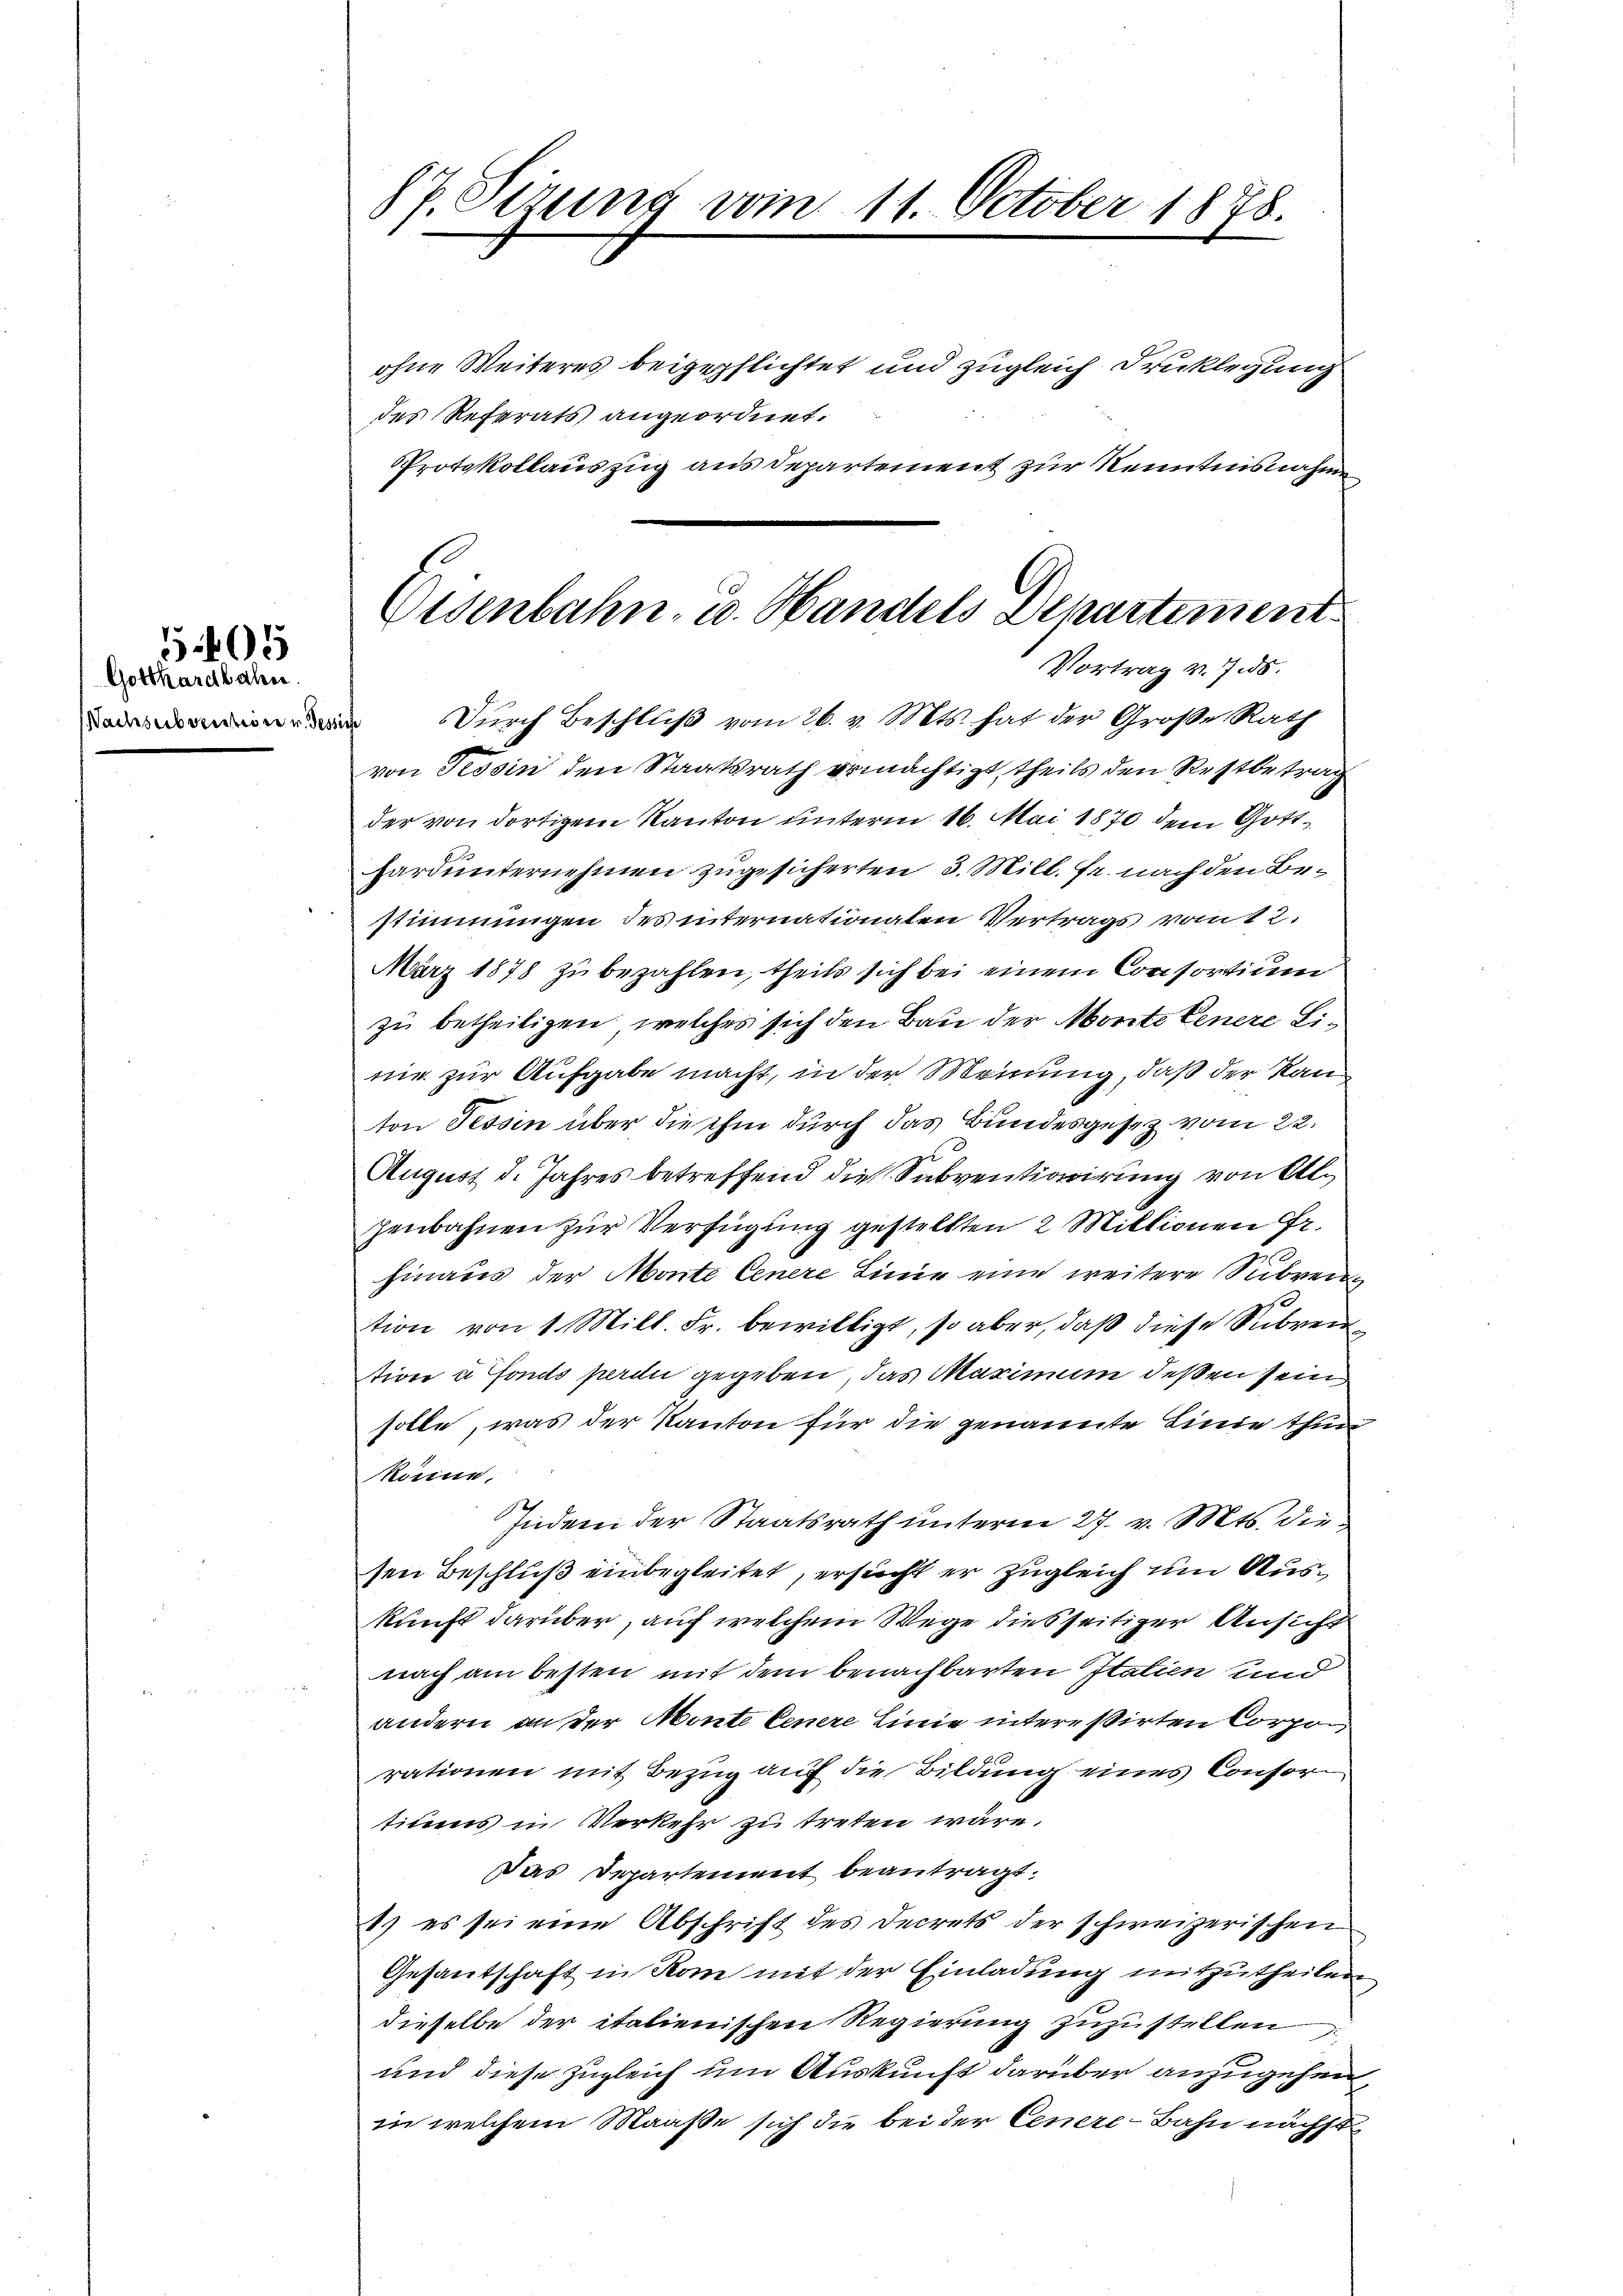
Gotthardbahn.
Nachsubvention v. der

5

87. Sezung vom 11. October 1878.

Eisenbahn- u. Handels Departement
Vortrag v. 7.5.
 Durch Beschluß vom 26. v. Mts. hat der Große Rath

ohne Weiteres beigepflichtet und zugleich Drucklegung
des Referats angeordnet.
Protokollauszug aus Departement zur Kenntnisnahme
von Tessin den Staatsrath ermächtigt, theils den Restbetrag
der von dortigem Kanton unterm 16. Mai 1870 dem Gotthard unternehmen zugesicherten 3. Mill. Fr. nach den Bestimmungen des internationaten Vertrags vom 12.
März 1878 zu bezahlen, theils sich bei einem Consortium
zu betheiligen, welches sich den Bau der Monte kenere Linie zur Aufgabe macht, in der Meinung, daß der Kanton Tessin über die ihm durch das Bundesgesetz vom 22.
August d. Jahres betreffend die Subventiarirung von Alzenbahnen zur Verfügung gestellten 2 Millionen Fr.
hinaus der Monte Cenere Linie eine weitere Subven
tion von 1 Mill. Fr. bewilligt, so aber, daß diese Subven
tion à Fonds perdii gegeben, das Maximum deßen sein
solle, was der Kanton für die genannte Linie thun
könne.
Indem der Staatsrath unterm 27. v. Mts. die
sen Beschluß einbegleitet, ersucht er zugleich um Auskunft darüber, auf welchem Wege diesseitiger Ansicht
nach am besten mit dem benachbarten Italien und
andern an der Monte Genere Linie interessirten Corporationen mit Bezug auf die Bildung eines Consortiums in Verkehr zu treten wäre.
Das Departement beantragt.
1) es sei eine Abschrift des Secrets der schweizerischen
Gesantschaft in Rom mit der Einladung mitzutheilen
dieselbe der italienischen Regierung zuzustellen
und diese zugleich um Auskunft darüber anzugehen,
in welchem Maaße sich die bei der Cenere-Bahn nächst